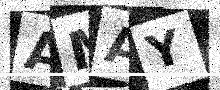
Text: AMAY